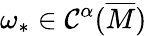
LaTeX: \omega_{*}\in{\mathcal{C}^{\alpha}(\overline{{{M}}})}